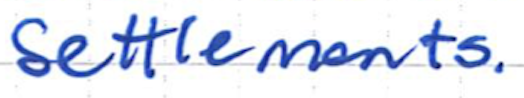
Text: Settlements.
Cross-out: clean
Writing tool: ballpoint